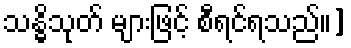
သန္ဓိသုတ် များဖြင့် စီရင်ရသည်။]